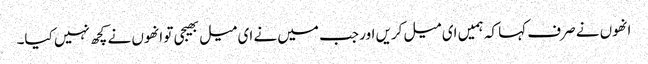
انھوں نے صرف کہا کہ ہمیں ای میل کریں اور جب میں نے ای میل بھیجی تو انھوں نے کچھ نہیں کیا۔